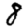
Digit: 8